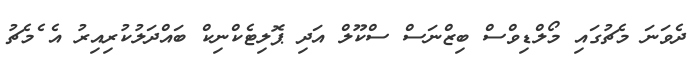
ދެވަނަ މެޗުގައި މޯލްޑިވްސް ބިޒްނަސް ސްކޫލް އަދި ޕޮލިޓެކްނިކް ބައްދަލުކުރިއިރު އެ ެމެޗު